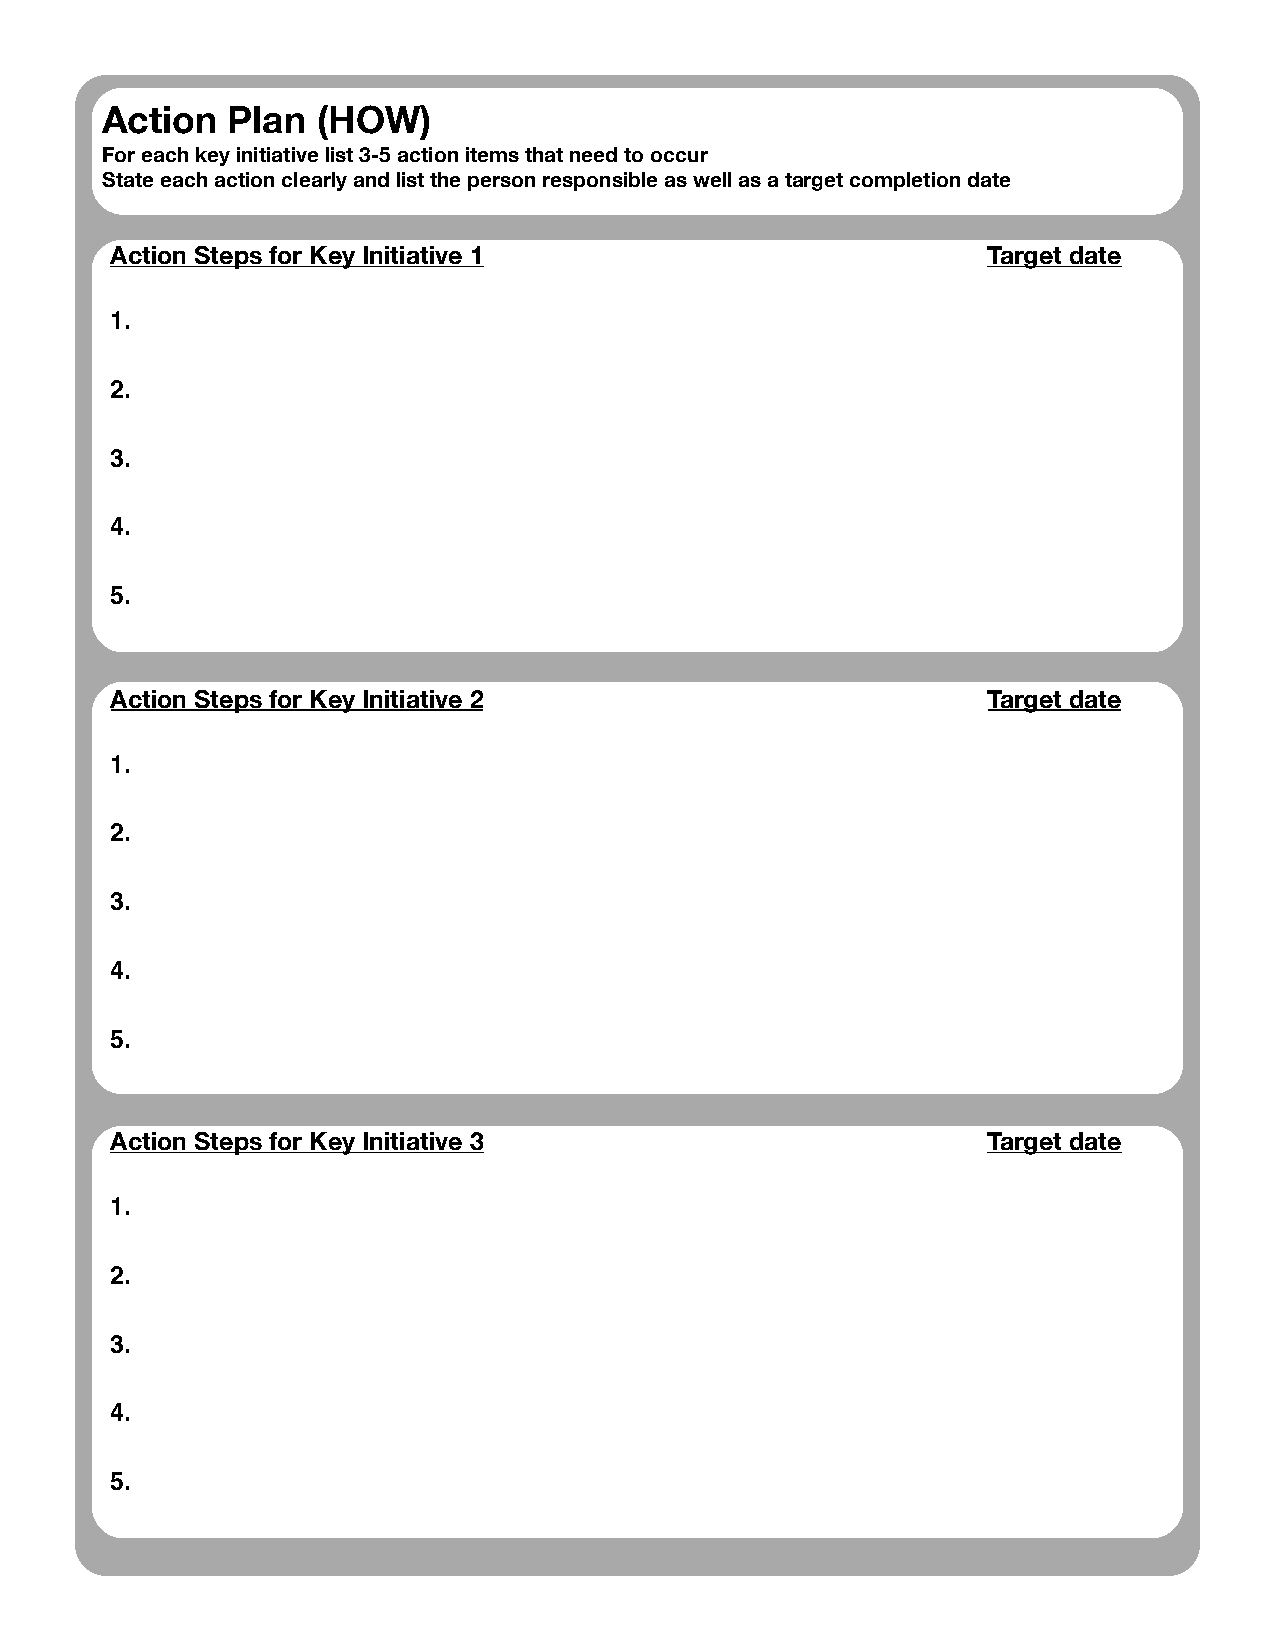
Action  Plan  (HOW)
 For each key initiative list 3-5 action items that need to occur
 State each action clearly and list the person responsible as well as a target completion date
 Action Steps for Key Initiative 1                         Target date
 1.
 2.
 3.
 4.
 5.
 Action Steps for Key Initiative 2                         Target date
 1.
 2.
 3.
 4.
 5.
 Action Steps for Key Initiative 3                         Target date
 1.
 2.
 3.
 4.
 5.